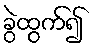
ခွဲထွက်၍